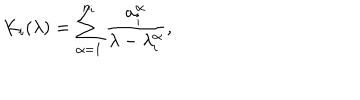
LaTeX: K _ { i } ( \lambda ) = \sum _ { \alpha = 1 } ^ { n _ { i } } \frac { a _ { i } ^ { \alpha } } { \lambda - \lambda _ { i } ^ { \alpha } } ,